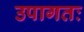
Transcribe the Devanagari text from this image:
उपागतः